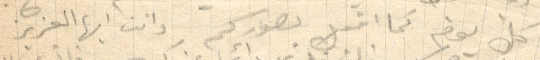
كل يوم كما اقبل بصوركم وانت أيها العزيز